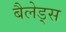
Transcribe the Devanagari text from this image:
बैलेड्स